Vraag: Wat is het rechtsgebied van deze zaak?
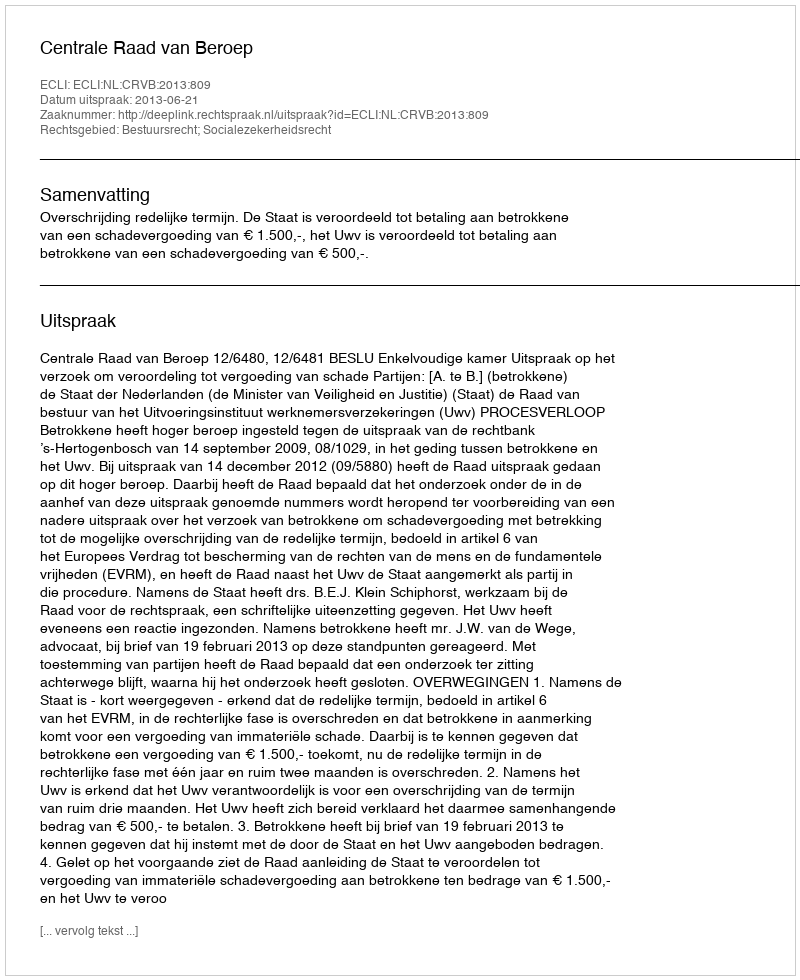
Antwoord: Bestuursrecht; Socialezekerheidsrecht